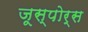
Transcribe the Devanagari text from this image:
जूस्पोर्स